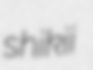
shikii